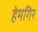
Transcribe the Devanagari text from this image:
हेमगिर